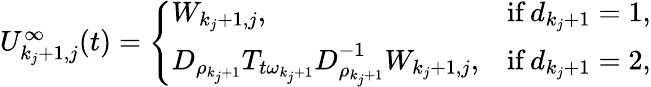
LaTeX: \begin{array}{r}{U_{k_{j}+1,j}^{\infty}(t)=\left\{ \begin{array}{ll}{W_{k_{j}+1,j},}&{\mathrm{if}\, d_{k_{j}+1}=1,}\\ {D_{\rho_{k_{j}+1}}T_{t\omega_{k_{j}+1}}D_{\rho_{k_{j}+1}}^{-1}W_{k_{j}+1,j},}&{\mathrm{if}\, d_{k_{j}+1}=2,}\end{array}\right.}\end{array}